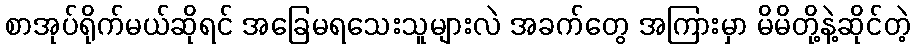
စာအုပ်ရိုက်မယ်ဆိုရင် အခြေမရသေးသူများလဲ အခက်တွေ အကြားမှာ မိမိတို့နဲ့ဆိုင်တဲ့